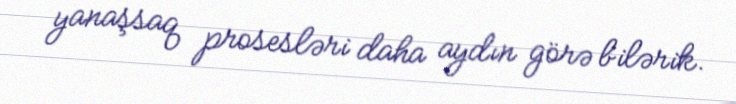
yanaşsaq prosesləri daha aydın görə bilərik.